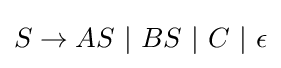
S\to AS~|~BS~|~C~|~\epsilon